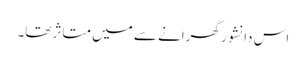
اس دانشور گھرانے سے میں متاثر تھا۔